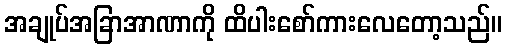
အချုပ်အခြာအာဏာကို ထိပါးစော်ကားလေတော့သည်။